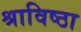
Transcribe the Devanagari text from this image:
श्राविष्ठा